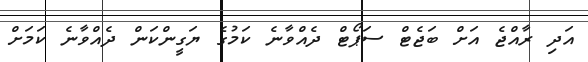
އަދި ރާއްޖެ އަށް ބަޖެޓް ސަޕޯޓް ދެއްވާނެ ކަމުގެ ޔަގީންކަން ދެއްވާނެ ކަމަށް